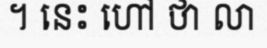
។ នេះ ហៅ ថា លា